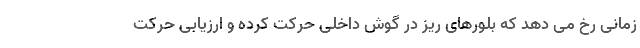
زمانی رخ می دهد که بلورهای ریز در گوش داخلی حرکت کرده و ارزیابی حرکت